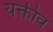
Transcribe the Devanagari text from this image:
यक्तीव